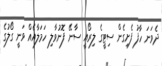
ދެވަނަ ހާފު ފެށިގެން ސިޓީގެ ލިރޯއީ ސާނޭ ފޮނުވާލި ހަމަލާއެއް ވަނީ ގޯލުގެ